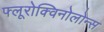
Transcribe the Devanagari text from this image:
फ्लूरोक्विनोलोन्स